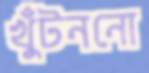
খুঁটননো